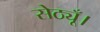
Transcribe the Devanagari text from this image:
सेठ्यूँ।